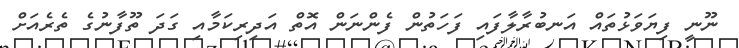
ނޫނީ ފިޔަވަޅުތައް އަނބުރާލާފައި ފަހަތުން ފެންނަން އޮތް އަދިރިކަމާއި ގަދަ ތޫފާނުގެ ތެރެއަށް